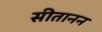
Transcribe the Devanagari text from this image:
सीतानन